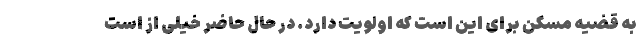
به قضیه مسکن برای این است که اولویت دارد. در حال حاضر خیلی از است